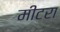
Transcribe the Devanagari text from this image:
मीटरा